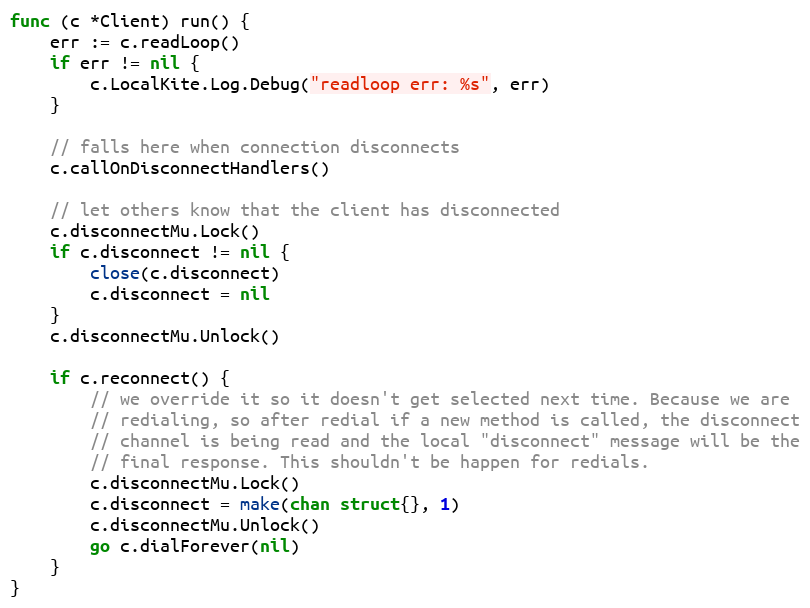
Language: Go
func (c *Client) run() {
	err := c.readLoop()
	if err != nil {
		c.LocalKite.Log.Debug("readloop err: %s", err)
	}

	// falls here when connection disconnects
	c.callOnDisconnectHandlers()

	// let others know that the client has disconnected
	c.disconnectMu.Lock()
	if c.disconnect != nil {
		close(c.disconnect)
		c.disconnect = nil
	}
	c.disconnectMu.Unlock()

	if c.reconnect() {
		// we override it so it doesn't get selected next time. Because we are
		// redialing, so after redial if a new method is called, the disconnect
		// channel is being read and the local "disconnect" message will be the
		// final response. This shouldn't be happen for redials.
		c.disconnectMu.Lock()
		c.disconnect = make(chan struct{}, 1)
		c.disconnectMu.Unlock()
		go c.dialForever(nil)
	}
}